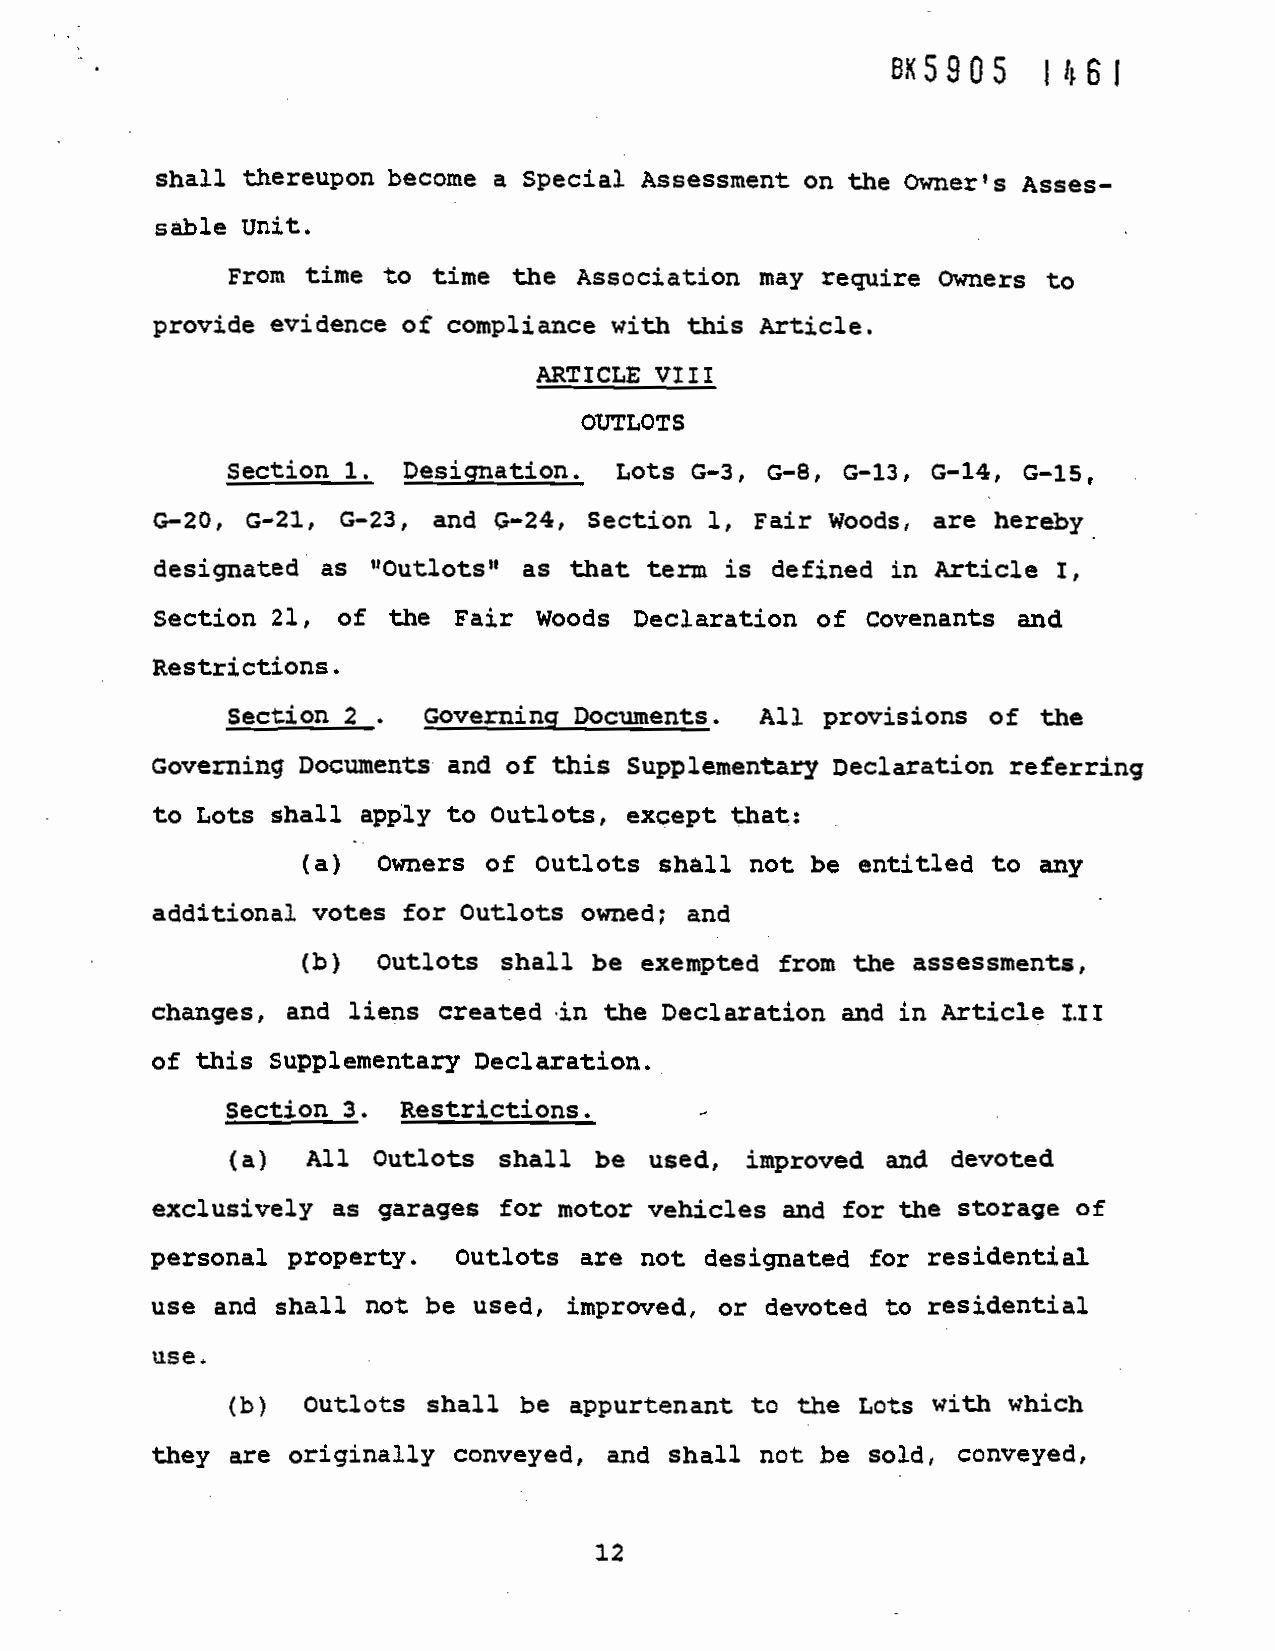
I
 59Q5
 1461
 shall thereupon become a Special Assessment
 on the Owner's Asses-
 sable Unit.
 From time to time  the Association
 may require Owners to
 provide evidence of compliance with this Article.
 ARTICLE VIII
 OUTLOTS
 section i.  Desiqnation. Lots G—3,
 G—S, 0—13, G—14, G—15
 G—20, 0—21, 0—23, and G—24, Section 1, Fair Woods,
 are hereby
 as "Outlots"  as that term is defined in
 designated
 Article i,
 Section 21, of the  Fair Woods Declaration  of Covenants
 and
 Restrictions.
 Section 2
 Governing  Documents. All provisions  of the
 Documents  and of this Supplementary Declaration
 Governing                                                referring
 to Lots shall apply to Outlots, except that:
 (a) Owners   of Outlots shall not be entitled to
 any
 additional votes for Outlots owned; and
 (b)
 Outlots shall be exempted from  the
 assessments,
 changes, and liens created in the Declaration and in Article
 tii
 of this Supplementary Declaration.
 Section
 3. Restrictions.
 -
 (a)
 All  Outlots shall be  used, improved and  devoted
 exclusively as garages for motor vehicles and for the Storage of
 personal
 property. Outlots  are not designated for residential
 use and shall not be used, improved, or devoted  to
 residential
 use,
 (b) Outlots  shall be appurtenant to the  Lots with which
 they are originally conveyed, and shall not be sold, conveyed,
 12